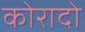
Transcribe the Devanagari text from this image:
कोरादो